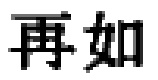
再如